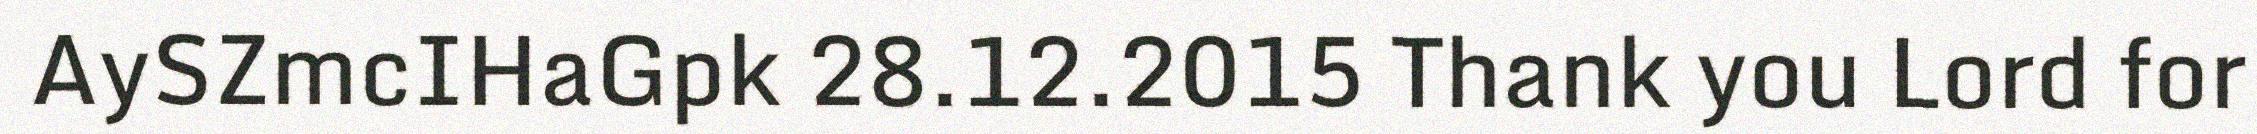
AySZmcIHaGpk 28.12.2015 Thank you Lord for